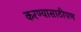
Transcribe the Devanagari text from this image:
करण्यासाठीपण